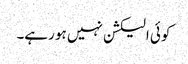
کوئی الیکشن نہیں ہو رہے۔